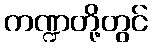
ကဏ္ဍတို့တွင်